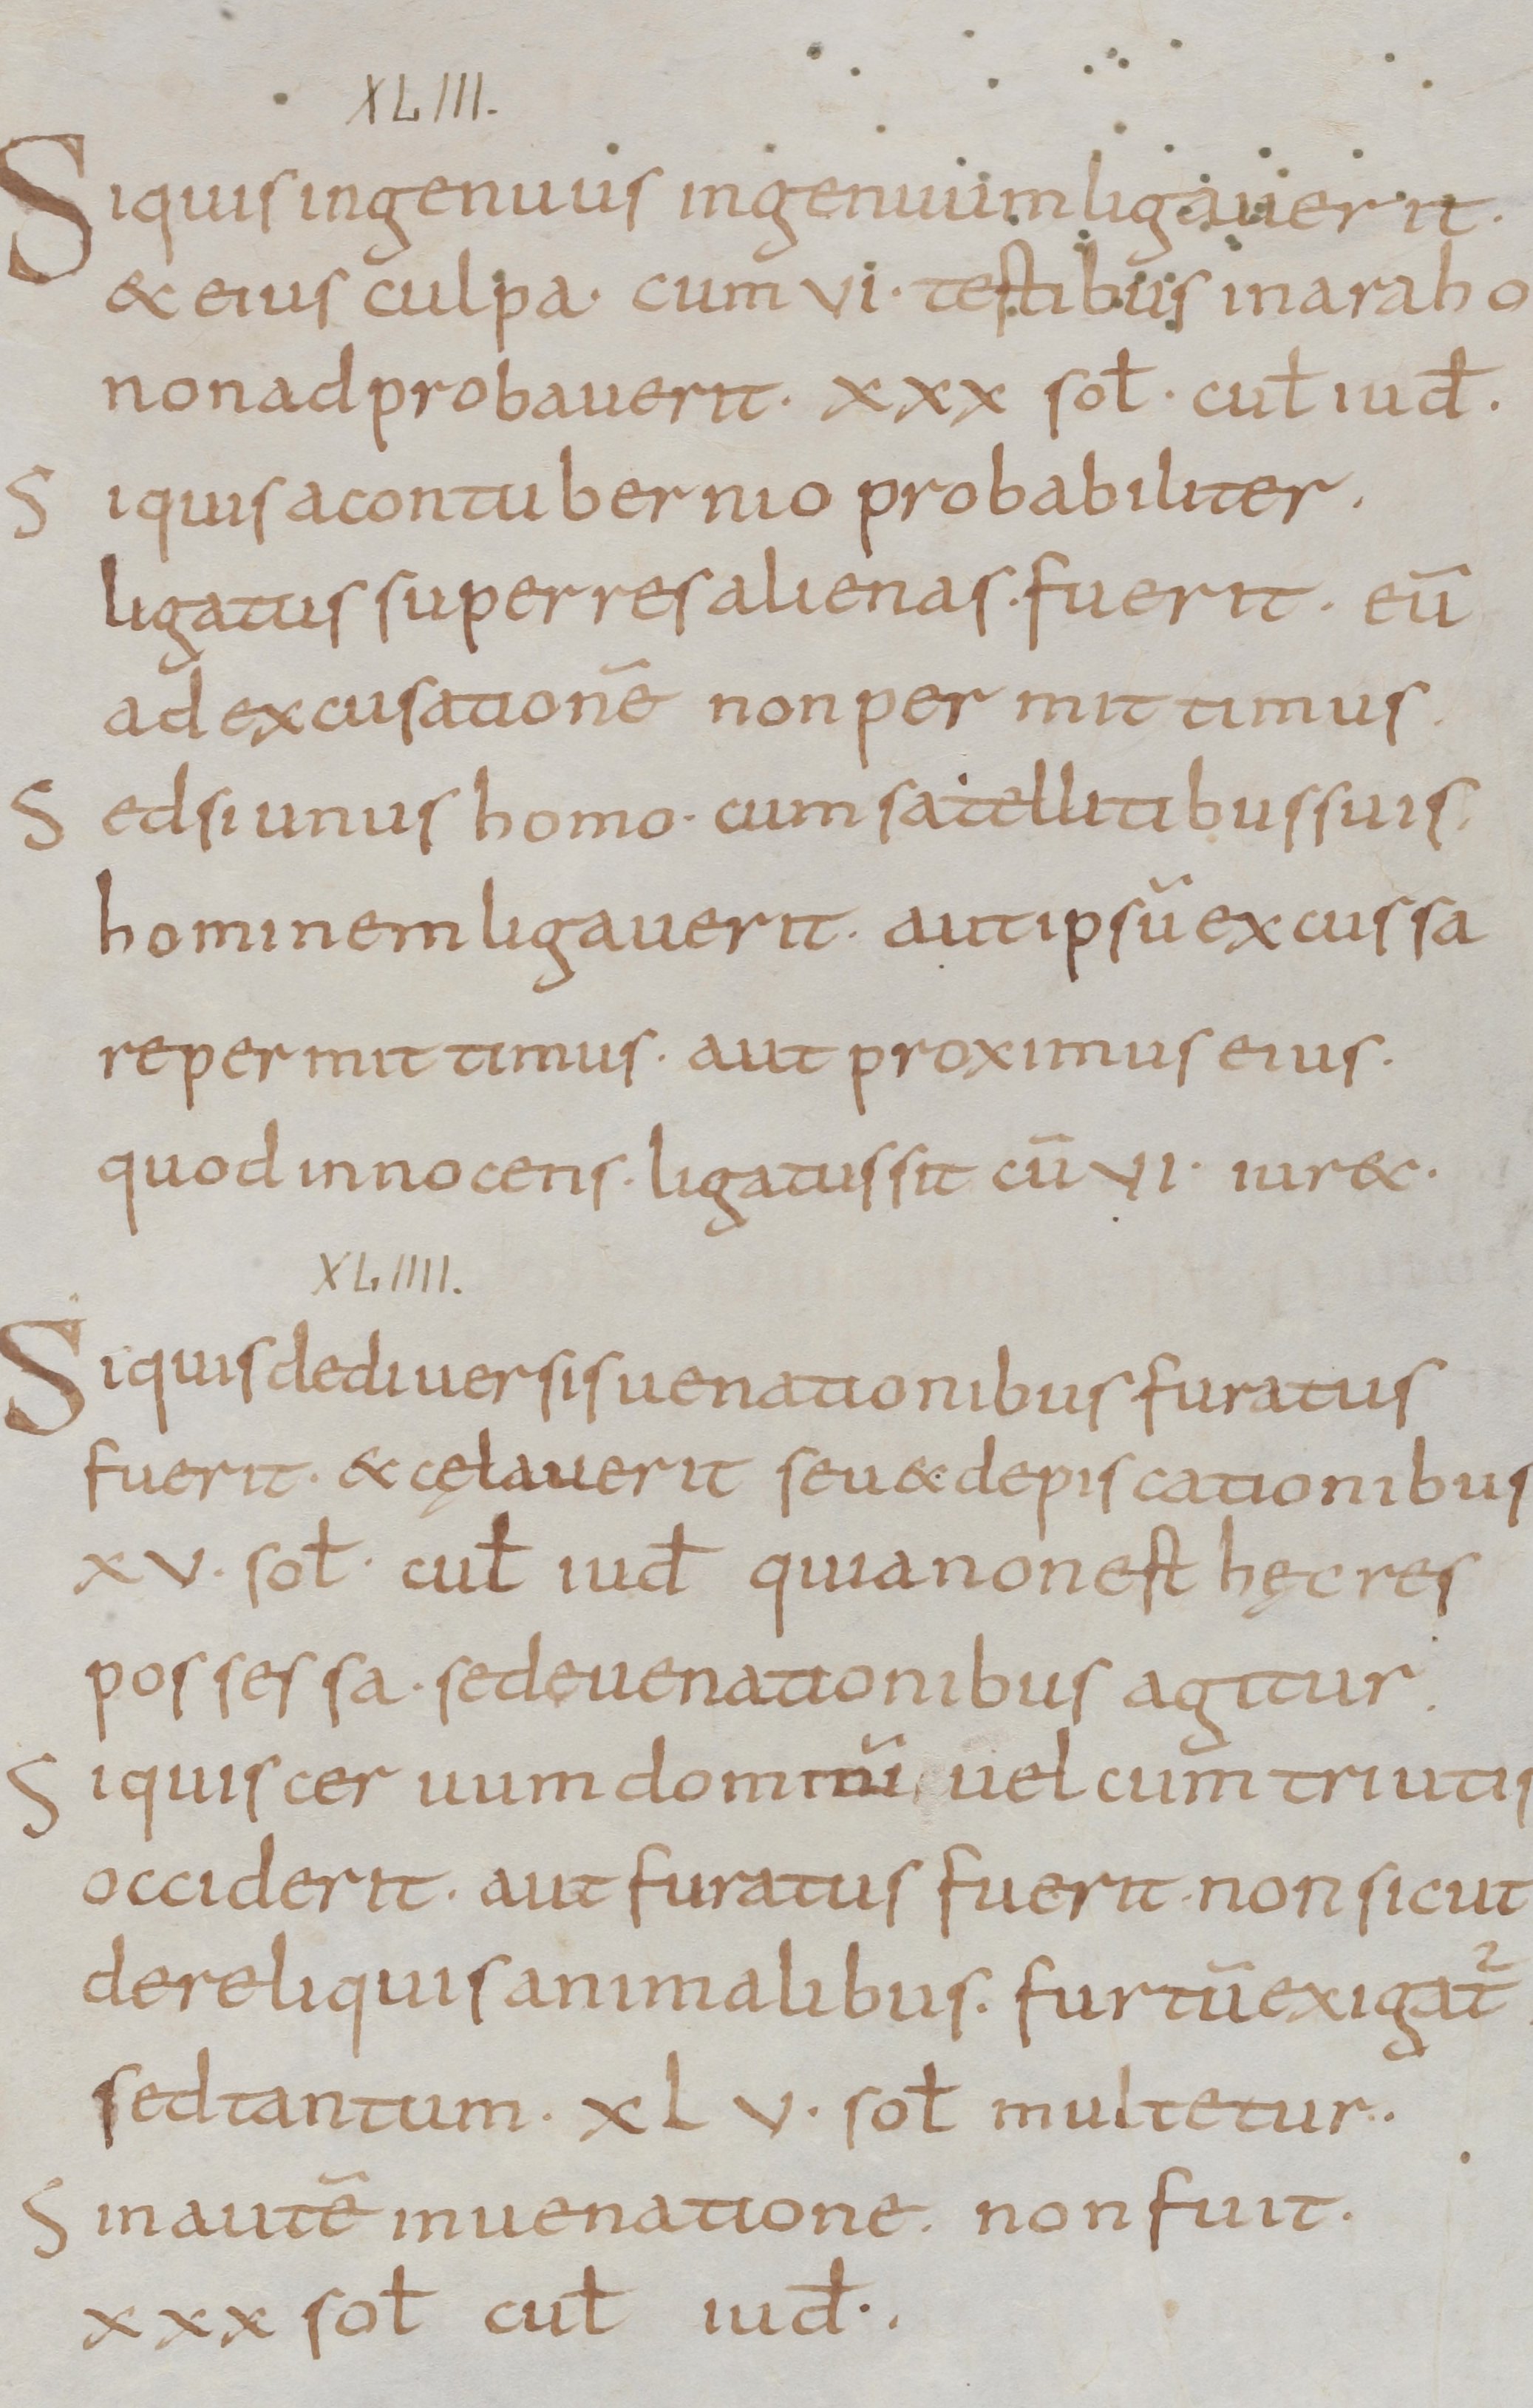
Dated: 800–899